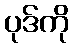
ပုဒ်ကို